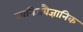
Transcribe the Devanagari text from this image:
खनिजवैज्ञानिक